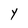
Character: y